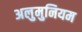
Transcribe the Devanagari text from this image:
अलुमुनियम